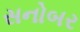
સનોબર